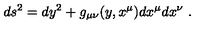
d s ^ { 2 } = d y ^ { 2 } + g _ { \mu \nu } ( y , x ^ { \mu } ) d x ^ { \mu } d x ^ { \nu } \ .